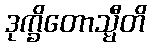
ဒုက္ခိတောသ္မီတိ